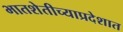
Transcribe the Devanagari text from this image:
भातशेतीच्याप्रदेशात